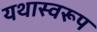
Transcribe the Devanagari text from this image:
यथास्वरूप